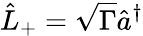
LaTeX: \hat{L}_{+}=\sqrt{\Gamma}\hat{a}^{\dagger}